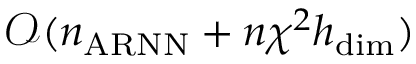
\mathcal { O } ( n _ { \mathrm { A R N N } } + n \chi ^ { 2 } h _ { \mathrm { d i m } } )